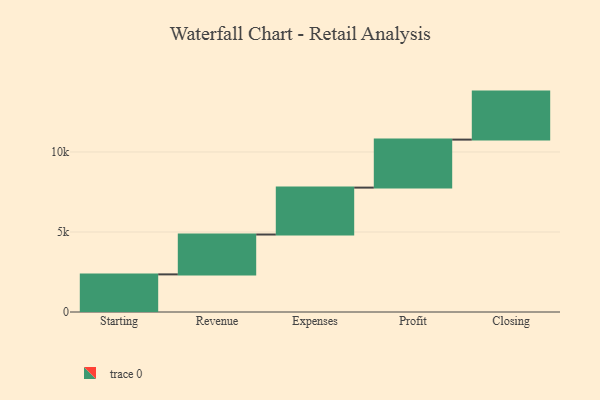
{"axis": {"x": "Step", "y": "Value"}, "legend": [""], "data": [{"x": "Starting", "y": 2351.0, "type": ""}, {"x": "Revenue", "y": 2491.0, "type": ""}, {"x": "Expenses", "y": 2931.0, "type": ""}, {"x": "Profit", "y": 3000, "type": ""}, {"x": "Closing", "y": 3000, "type": ""}]}